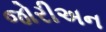
જોરીઅન